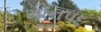
માનપદ